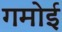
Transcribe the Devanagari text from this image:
गमोई